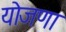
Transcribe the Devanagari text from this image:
योजणा